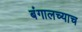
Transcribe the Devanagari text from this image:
बंगालच्याच